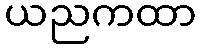
ယညကထာ